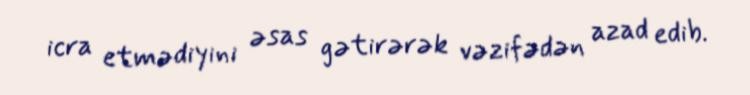
icra etmədiyini əsas gətirərək vəzifədən azad edib.